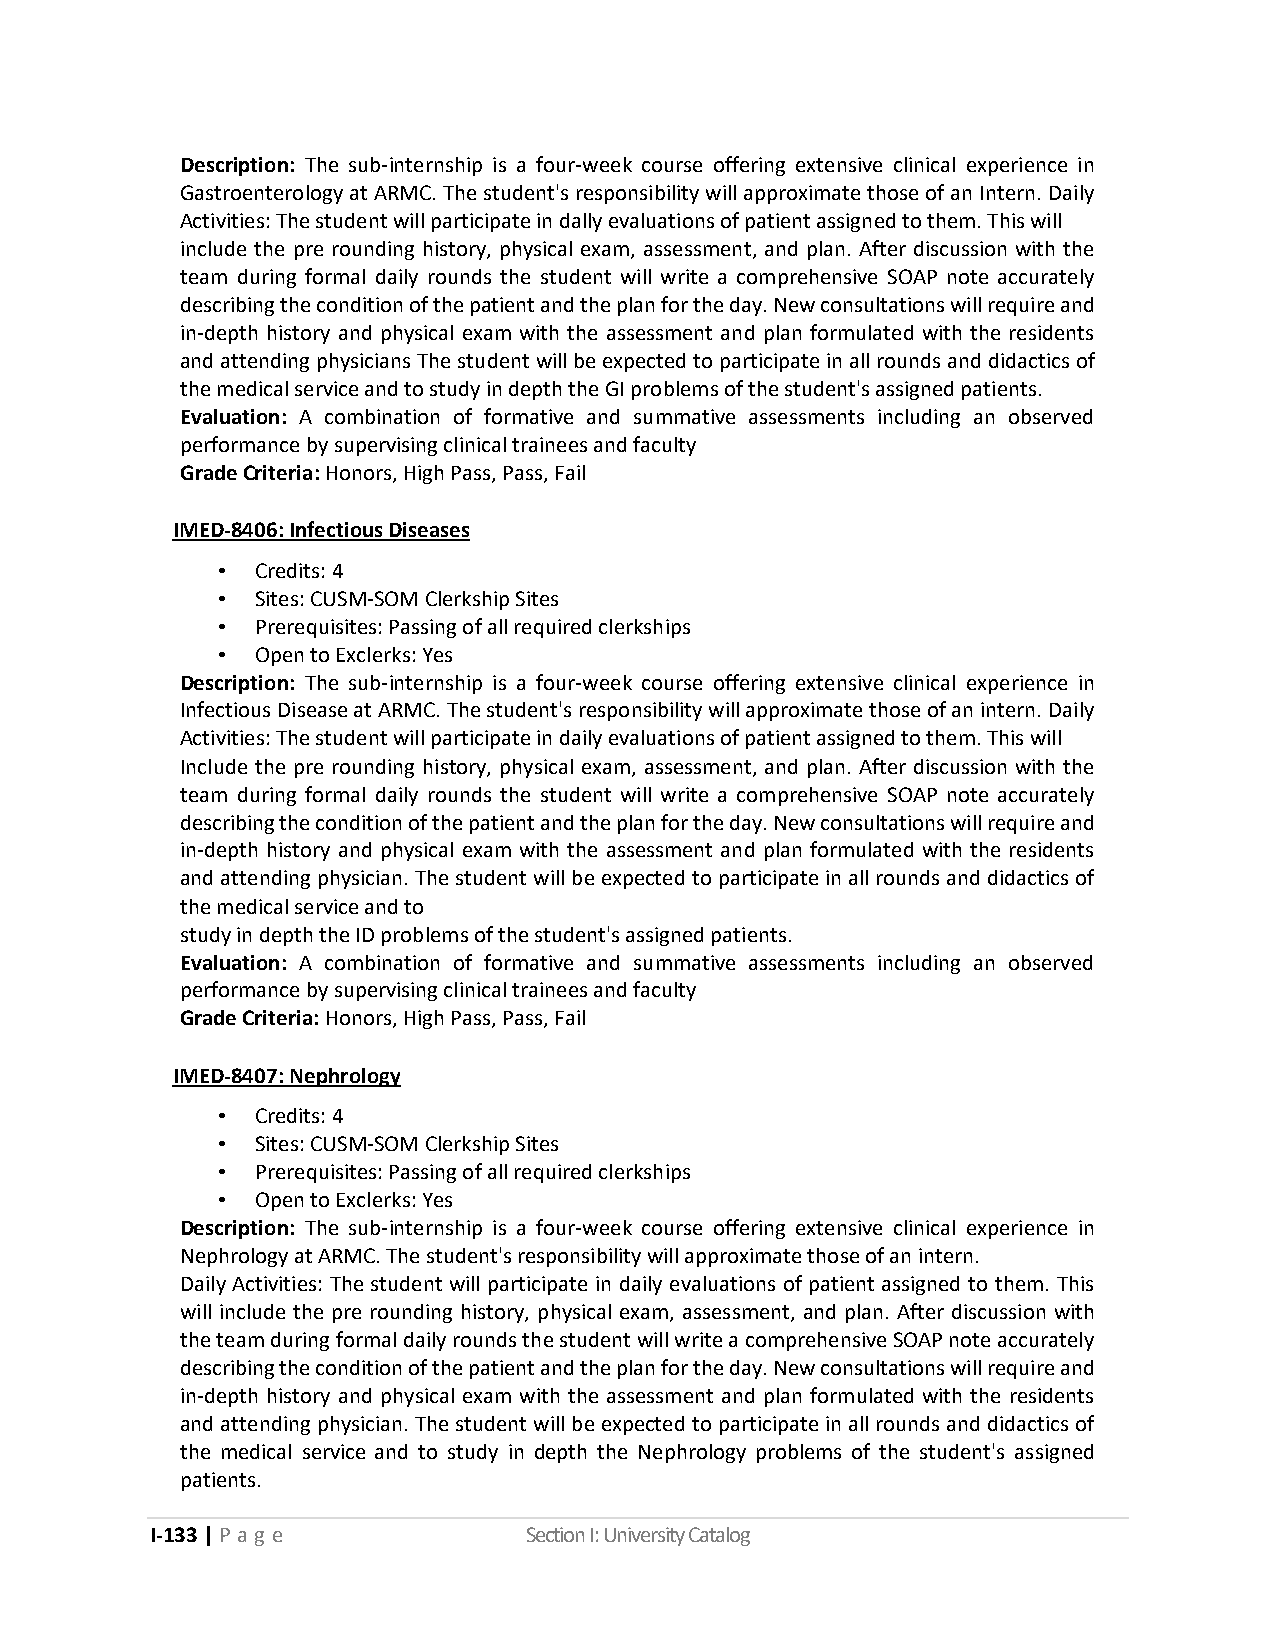
Description: The sub-internship is a four-week course offering extensive clinical experience in
 Gastroenterology at ARMC. The student's responsibility will approximate those of an Intern. Daily
 Activities: The student will participate in dally evaluations of patient assigned to them. This will
 include the pre rounding history, physical exam, assessment, and plan. After discussion with the
 team during formal daily rounds the student will write a comprehensive SOAP note accurately
 describing the condition of the patient and the plan for the day. New consultations will require and
 in-depth history and physical exam with the assessment and plan formulated with the residents
 and attending physicians The student will be expected to participate in all rounds and didactics of
 the medical service and to study in depth the GI problems of the student's assigned patients.
 Evaluation: A combination of formative and summative assessments including an observed
 performance by supervising clinical trainees and faculty
 Grade Criteria: Honors, High Pass, Pass, Fail
 IMED-8406: Infectious Diseases
 •  Credits: 4
 •  Sites: CUSM-SOM Clerkship Sites
 •  Prerequisites: Passing of all required clerkships
 •  Open to Exclerks: Yes
 Description: The sub-internship is a four-week course offering extensive clinical experience in
 Infectious Disease at ARMC. The student's responsibility will approximate those of an intern. Daily
 Activities: The student will participate in daily evaluations of patient assigned to them. This will
 Include the pre rounding history, physical exam, assessment, and plan. After discussion with the
 team during formal daily rounds the student will write a comprehensive SOAP note accurately
 describing the condition of the patient and the plan for the day. New consultations will require and
 in-depth history and physical exam with the assessment and plan formulated with the residents
 and attending physician. The student will be expected to participate in all rounds and didactics of
 the medical service and to
 study in depth the ID problems of the student's assigned patients.
 Evaluation: A combination of formative and summative assessments including an observed
 performance by supervising clinical trainees and faculty
 Grade Criteria: Honors, High Pass, Pass, Fail
 IMED-8407: Nephrology
 •  Credits: 4
 •  Sites: CUSM-SOM Clerkship Sites
 •  Prerequisites: Passing of all required clerkships
 •  Open to Exclerks: Yes
 Description: The sub-internship is a four-week course offering extensive clinical experience in
 Nephrology at ARMC. The student's responsibility will approximate those of an intern.
 Daily Activities: The student will participate in daily evaluations of patient assigned to them. This
 will include the pre rounding history, physical exam, assessment, and plan. After discussion with
 the team during formal daily rounds the student will write a comprehensive SOAP note accurately
 describing the condition of the patient and the plan for the day. New consultations will require and
 in-depth history and physical exam with the assessment and plan formulated with the residents
 and attending physician. The student will be expected to participate in all rounds and didactics of
 the medical service and to study in depth the Nephrology problems of the student's assigned
 patients.
 I-133 | P a g e          Section I: University Catalog